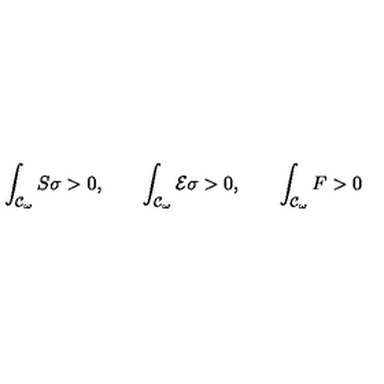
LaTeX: \int _ { { \cal { C } } _ { \omega } } { S \sigma } > 0 , \qquad \int _ { { \cal { C } } _ { \omega } } { { \cal { E } } \sigma } > 0 , \qquad \int _ { { \cal { C } } _ { \omega } } { F } > 0